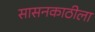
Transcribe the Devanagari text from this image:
सासनकाठीला